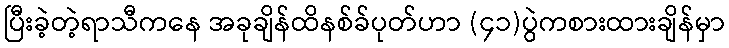
ပြီးခဲ့တဲ့ရာသီကနေ အခုချိန်ထိနစ်ခ်ပုတ်ဟာ (၄၁)ပွဲကစားထားချိန်မှာ